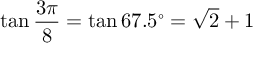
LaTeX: \tan { \frac { 3 \pi } { 8 } } = \tan 6 7 . 5 ^ { \circ } = { \sqrt { 2 } } + 1